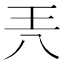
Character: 兲